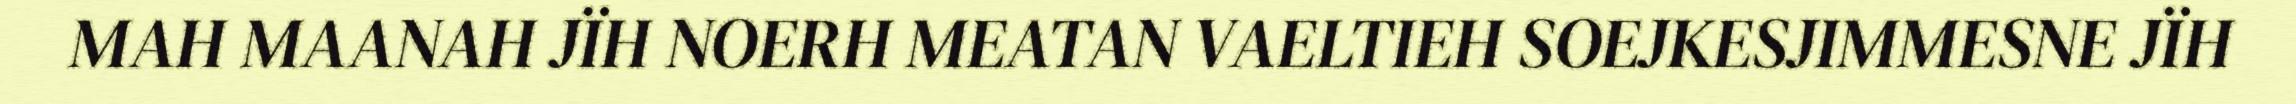
MAH MAANAH JÏH NOERH MEATAN VAELTIEH SOEJKESJIMMESNE JÏH